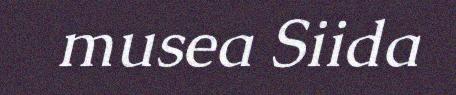
musea Siida